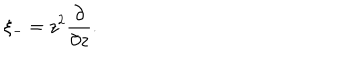
\xi _ { - } = z ^ { 2 } \frac { \partial } { \partial z } .